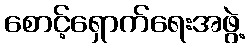
စောင့်ရှောက်ရေးအဖွဲ့